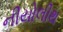
નીયોલીથ